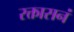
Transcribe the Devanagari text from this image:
रक्तासनं